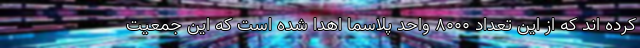
کرده اند که از این تعداد ۸۰۰۰ واحد پلاسما اهدا شده است که این جمعیت